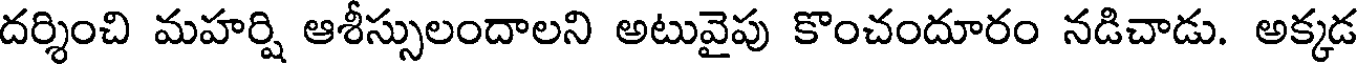
దర్శించి మహర్షి ఆశీస్సులందాలని అటువైపు కొంచందూరం నడిచాడు. అక్కడ